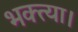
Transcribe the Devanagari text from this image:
भक्त्या।